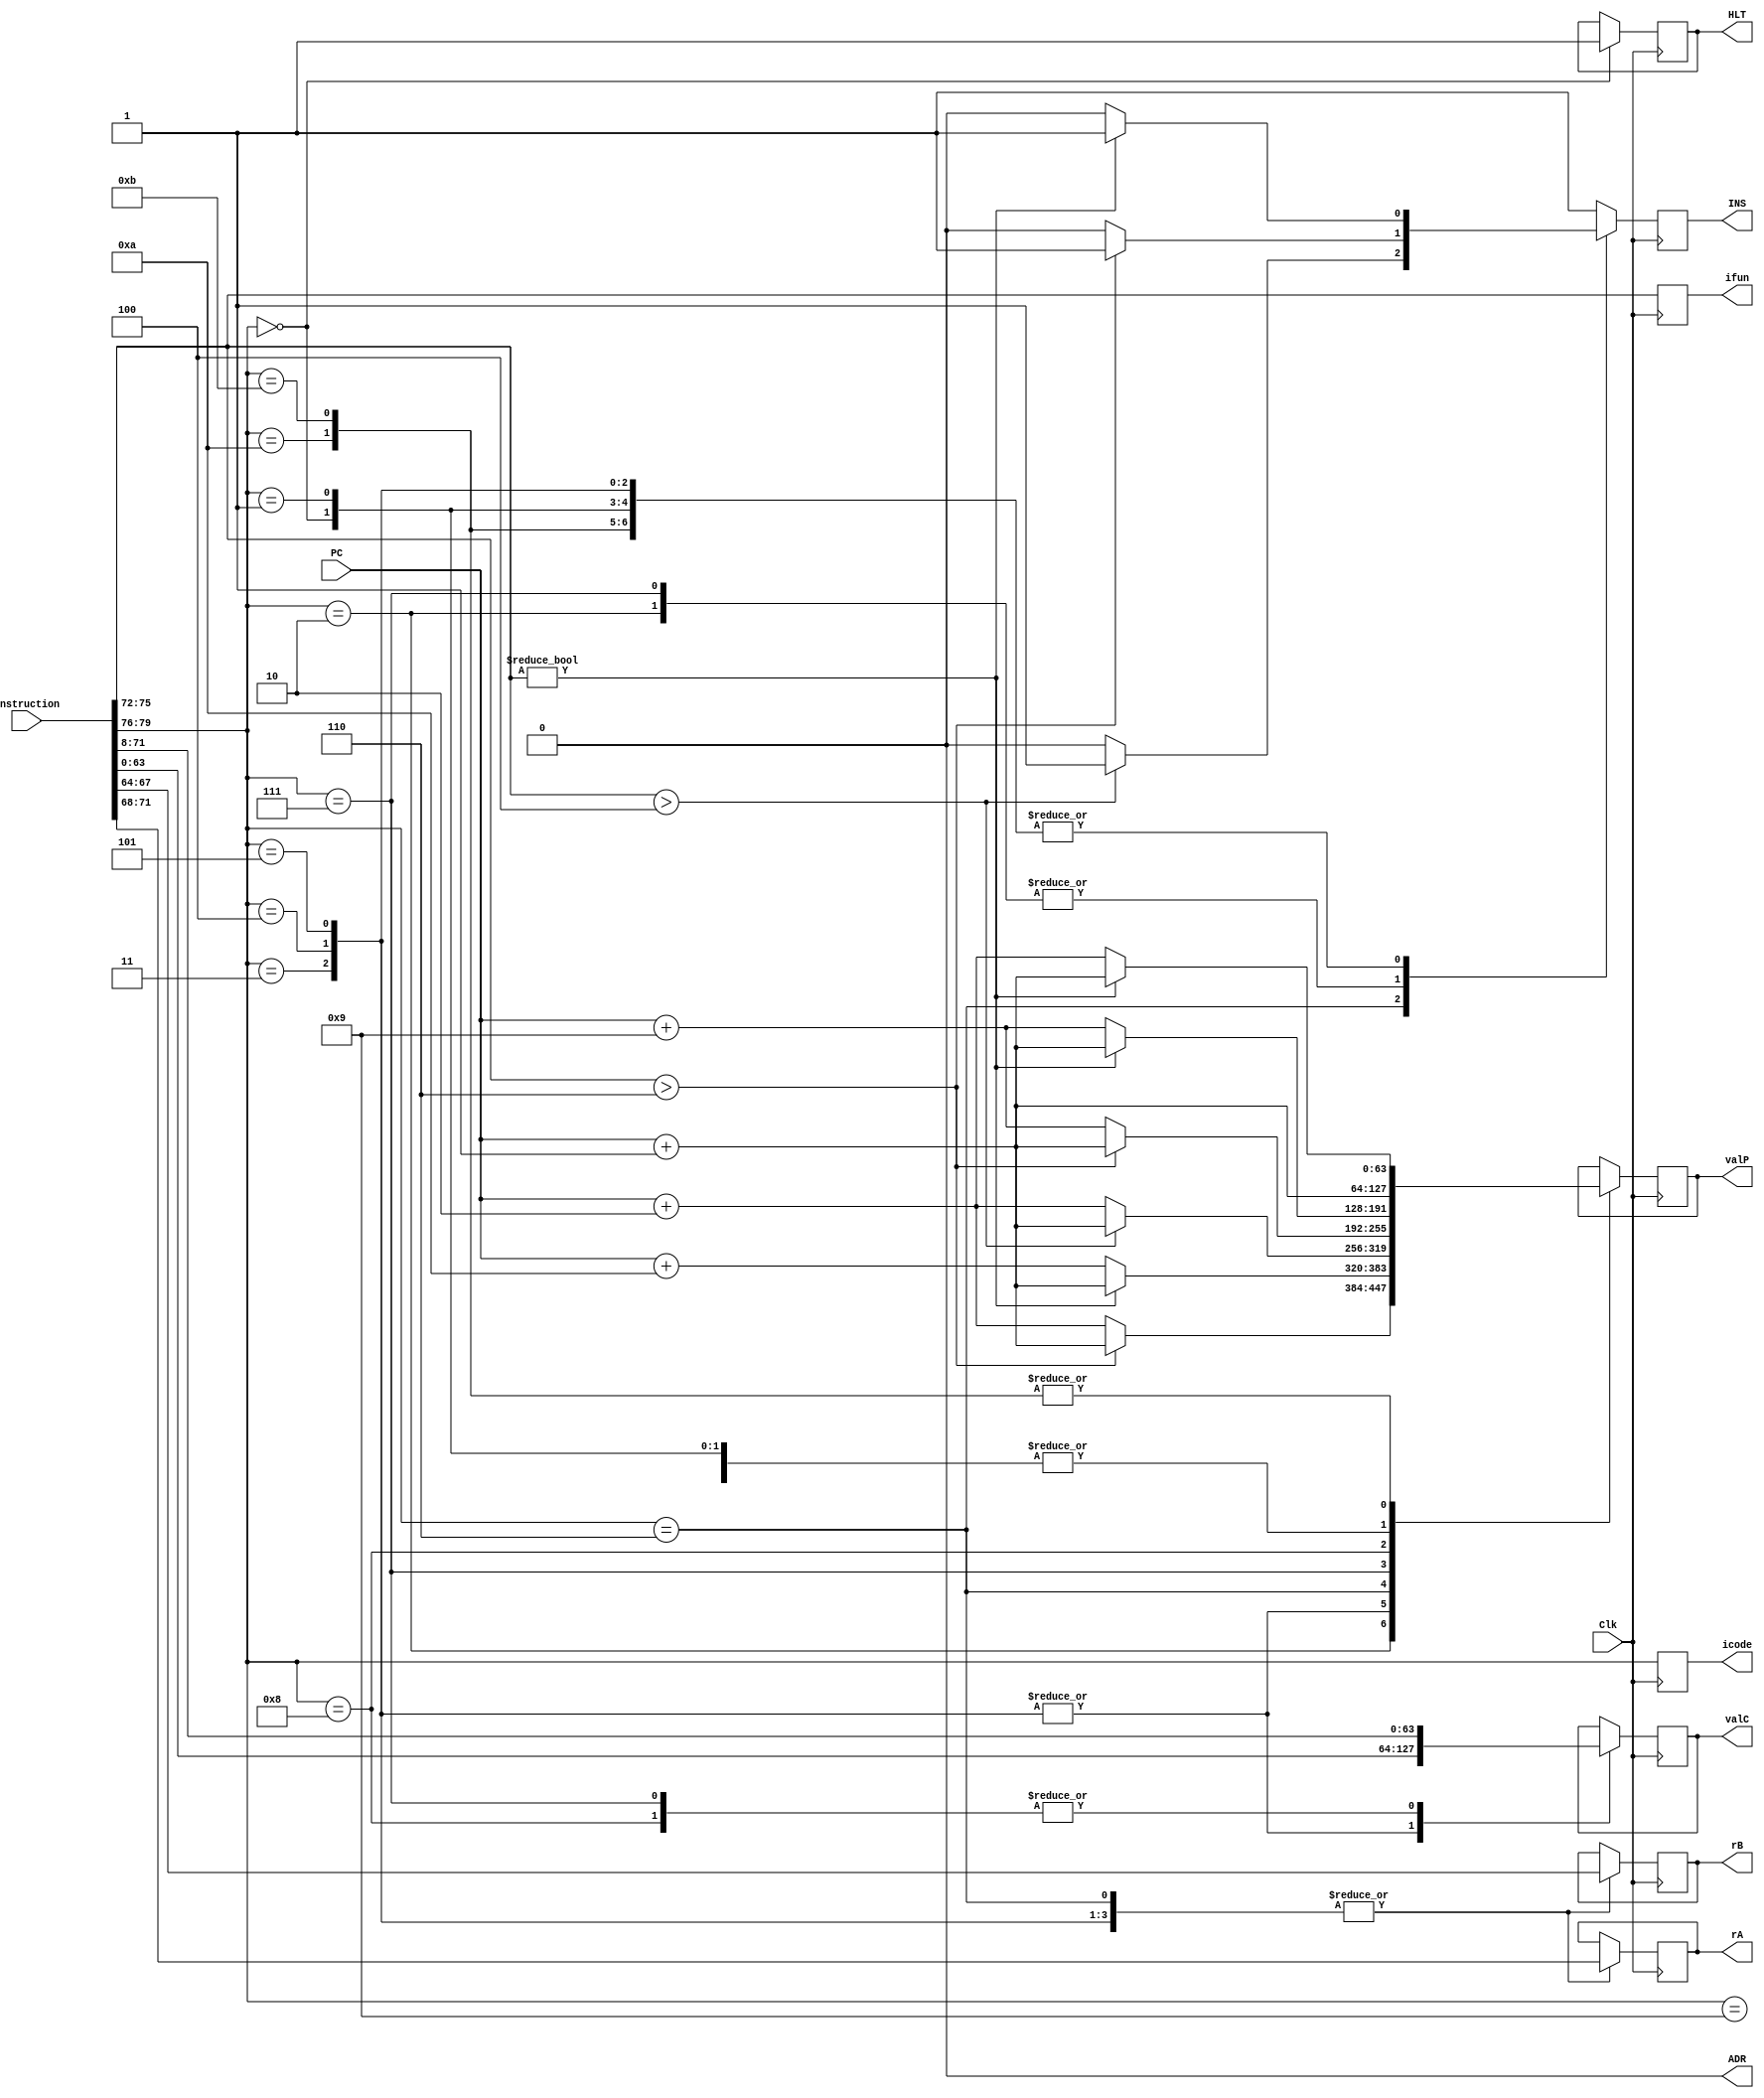
module Fetch (Clk,icode,ifun,rA,rB,valC,valP,PC,INS/*Invalid Instruction*/,ADR/*Address Error*/,HLT/*Halt*/,Instruction);
    parameter MemSize = 1024;

    input Clk; // Clock
    input [63:0] PC; // Program Counter
    input [0:79] Instruction; // Instruction (can be a maximum of 10 bytes in length: icode=> 1/2, ifun => 1/2, rA => 1/2, rB => 1/2, valC => 8)
    
    output reg [3:0] icode,ifun,rA,rB; // 8 bytes for instruction, registers to store parameters
    output reg signed [63:0] valC; // Destination of Jump
    output reg [63:0] valP; // Update PC value
    output reg HLT = 0,INS = 0,ADR = 0; // Flags (Status Registor)
    
    initial
        $display("Entered Fetch");
    
    always @(posedge Clk) begin
        // if(PC >= MemSize)
        //     ADR = 1;
        icode = Instruction[0:3];
        ifun = Instruction[4:7];
        
        case (icode)
            4'h0: // Halt
                begin
                    HLT = 1;
                    valP = PC+1;
                    if (ifun != 0)
                        INS = 1;
                    else 
                        INS = 0;
                end
            4'h1: // No Operation
                begin
                    valP = PC+1;
                    if (ifun != 0)
                        INS = 1;
                    else 
                        INS = 0;
                end
            4'h2: // cmovxx
                begin
                    rA = Instruction[8:11];
                    rB = Instruction[12:15];
                    if (ifun > 6) begin
                            INS = 1;
                            valP = PC + 1;
                    end
                    else begin
                        valP = PC + 2;
                        INS = 0;
                    end
                end
            4'h3: // irmovq
                begin
                    rA = Instruction[8:11];
                    rB = Instruction[12:15];
                    valC = Instruction[16:79];
                    if (ifun != 0) begin
                            INS = 1;
                            valP = PC + 1;
                    end
                    else begin
                        valP = PC + 10;
                        INS = 0;
                    end
                end
            4'h4: // rmmovq
                begin
                    rA = Instruction[8:11];
                    rB = Instruction[12:15];
                    valC = Instruction[16:79];
                    if (ifun != 0) begin
                            INS = 1;
                            valP = PC + 1;
                        end
                    else begin
                        valP = PC + 10;
                        INS = 0;
                    end
                end
            4'h5: // mrmovq
                begin
                    rA = Instruction[8:11];
                    rB = Instruction[12:15];
                    valC = Instruction[16:79];
                    if (ifun != 0) begin
                            INS = 1;
                            valP = PC + 1;
                        end
                    else begin
                        valP = PC + 10;
                        INS = 0;
                    end
                end
            4'h6: // Opq
                begin
                    rA = Instruction[8:11];
                    rB = Instruction[12:15];
                    if (ifun > 4) begin
                            INS = 1;
                            valP = PC + 1;
                        end
                    else begin
                        valP = PC + 2;
                        INS = 0;
                    end
                end
            4'h7: // jxx
                begin
                    valC = Instruction[8:71];
                    if (ifun > 6) begin
                            INS = 1;
                            valP = PC + 1;
                        end
                    else begin
                        INS = 0;
                        valP = PC + 9;
                    end
                end
            4'h8: // call
                begin
                    valC = Instruction[8:71];
                    if (ifun != 0) begin
                            INS = 1;
                            valP = PC + 1;
                        end
                    else begin
                        valP = PC + 9;
                        INS = 0;
                    end
                end
            4'h9: // ret
                begin
                    valP = PC + 1;
                    if (ifun != 0)
                        INS = 1;
                    else
                        INS = 0;
                end
            4'hA: // pushq
                begin
                    rA = Instruction[8:11];
                    rB = Instruction[12:15];
                    if (ifun != 0) begin
                            INS = 1;
                            valP = PC + 1;
                        end
                    else begin
                        INS = 0;
                        valP = PC + 2;
                    end
                end
            4'hB: // popq
                begin
                    rA = Instruction[8:11];
                    rB = Instruction[12:15];
                    if (ifun != 0) begin
                            INS = 1;
                            valP = PC + 1;
                        end
                    else begin
                        INS = 0;
                        valP = PC + 2;
                    end
                end
            default: // Invalid Instruction
                begin
                    INS = 1;
                end
        endcase    
    end
endmodule